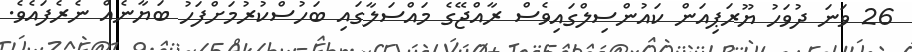
26 ވަނަ ދުވަހު ޔޫރަޕިއަން ކައުންސިލްގައިވެސް ރާއްޖޭގެ މައްސަލާގައި ބަހުސްކުރުމަށްފަހު ބަޔާނެއް ނެރެފައެވެ.